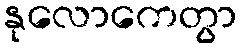
နုလောကေတွာ